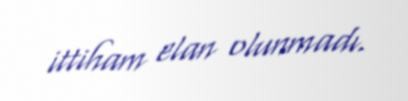
ittiham elan olunmadı.